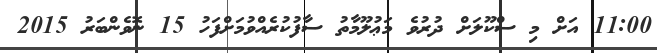
11:00 އަށް މި ސްކޫލަށް ދުރުވެ މަޢުލޫމާތު ސާފުކުރެއްވުމަށްފަހު 15 ނޮވެންބަރު 2015